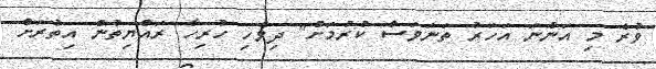
ވުރެ މި އަންނަ އަހަރު ތަނަވަސް ކުރުމަށް" ދިވެހި ހުރިހާ ރައްޔިތުން އިތުރަށް